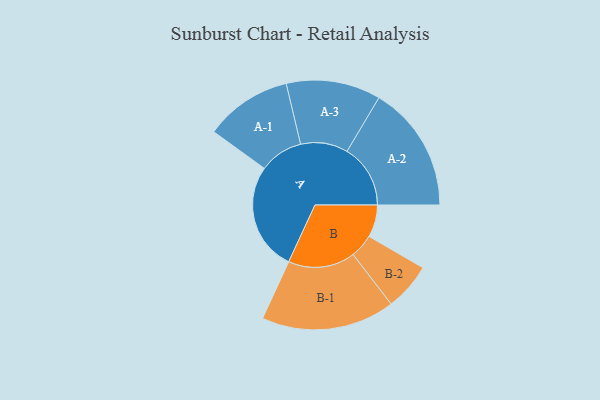
{"axis": {"x": "Segment", "y": "Value"}, "legend": ["", "A", "B"], "data": [{"x": "A", "y": 476, "type": ""}, {"x": "B", "y": 142, "type": ""}, {"x": "A-1", "y": 192, "type": "A"}, {"x": "A-2", "y": 279, "type": "A"}, {"x": "A-3", "y": 208, "type": "A"}, {"x": "B-1", "y": 294, "type": "B"}, {"x": "B-2", "y": 105, "type": "B"}]}